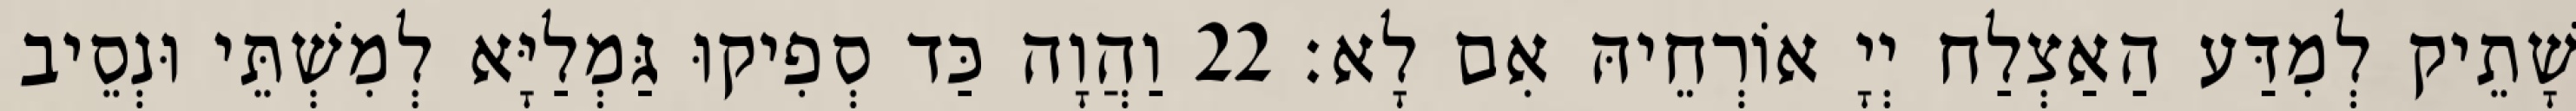
שָׁתֵיק לְמִדַּע הַאַצְלַח יְיָ אוֹרְחֵיהּ אִם לָא׃ 22 וַהֲוָה כַּד סְפִיקוּ גַּמְלַיָּא לְמִשְׁתֵּי וּנְסֵיב